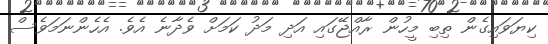
ކިޔަވައިގެން ތިބި މީހުން ރާއްޖޭގައި އަދި މަދު ކަމަށް ވެދާނެ އެވެ. އެހެންނަމަވެސް